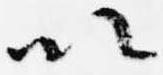
以